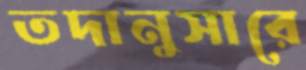
তদানুসারে